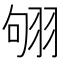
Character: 𦐛